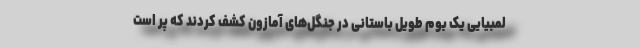
لمبیایی یک بوم طویل باستانی در جنگل‌های آمازون کشف کردند که پر است